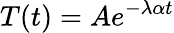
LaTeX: T(t)=Ae^{-\lambda\alpha t}